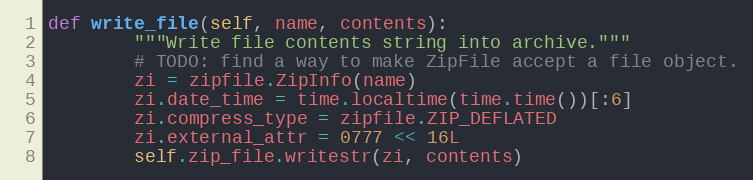
Language: Python
def write_file(self, name, contents):
        """Write file contents string into archive."""
        # TODO: find a way to make ZipFile accept a file object.
        zi = zipfile.ZipInfo(name)
        zi.date_time = time.localtime(time.time())[:6]
        zi.compress_type = zipfile.ZIP_DEFLATED
        zi.external_attr = 0777 << 16L
        self.zip_file.writestr(zi, contents)